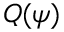
Q ( \psi )